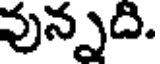
వున్నది.